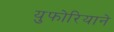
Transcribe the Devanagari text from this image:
युफोरियाने